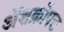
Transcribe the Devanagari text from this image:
ॲशक्रॉफ्ट